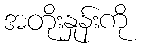
အတိုးနှုန်းကို